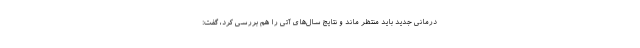
درمانی جدید باید منتظر ماند و نتایج سال‌های آتی را هم بررسی کرد، گفت: